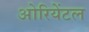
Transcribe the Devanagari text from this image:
ओरियेंटल